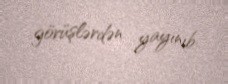
görüşlərdən yayınıb.